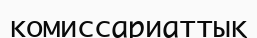
комиссариаттық